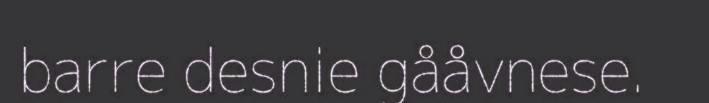
barre desnie gååvnese.